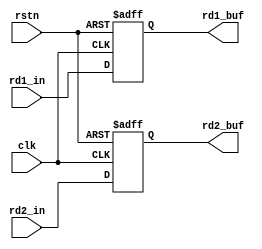
// register file reg:
// Stores outputs of register file for one more clock cycle.

module register_file_reg (
  input             clk, 
  input             rstn,

  input      [31:0] rd1_in, 
  input      [31:0] rd2_in,
  
  output reg [31:0] rd1_buf,
  output reg [31:0] rd2_buf
);

always @ (posedge clk or negedge rstn) begin
  if (!rstn) begin
    rd1_buf <= 32'b0;
    rd2_buf <= 32'b0;
  end else begin
    rd1_buf <= rd1_in;
    rd2_buf <= rd2_in;
  end
end

endmodule